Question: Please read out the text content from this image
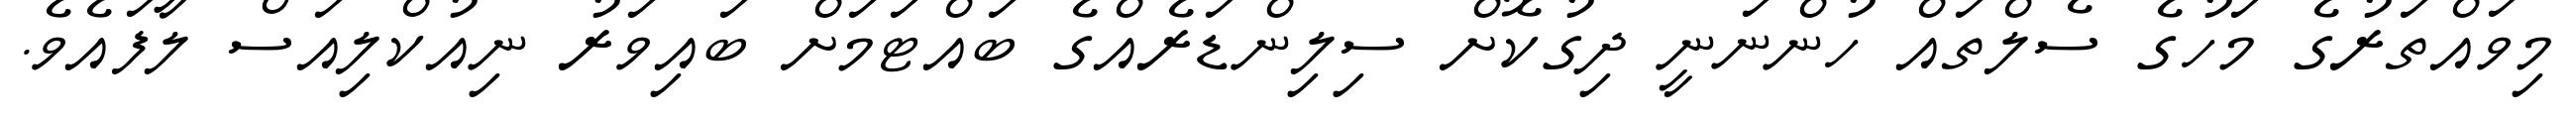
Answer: މިވައްތަރުގެ މަހުގެ ސެލްތައް ހުންނަނީ ދިގުކޮށް ސިލިންޑަރެއްގެ ބައްޓަމަށް ބައިވަރު ނިއުކްލިއަސް ލާފައެވެ.